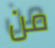
من